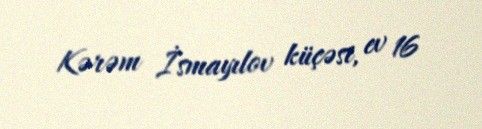
Kərəm İsmayılov küçəsi, ev 16